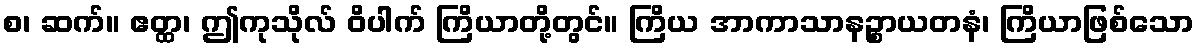
စ၊ ဆက်။ ဧတ္ထ၊ ဤကုသိုလ် ဝိပါက် ကြိယာတို့တွင်။ ကြိယ အာကာသာနဉ္စာယတနံ၊ ကြိယာဖြစ်သော